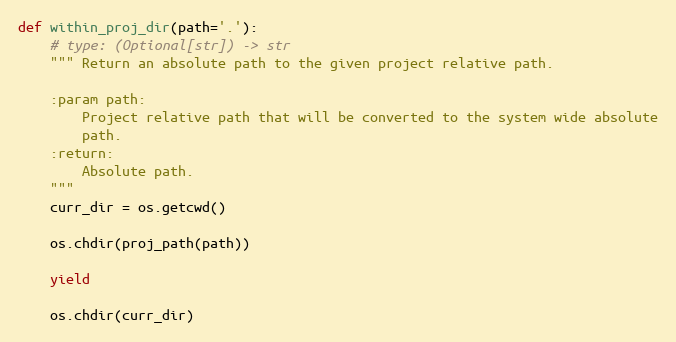
Language: Python
def within_proj_dir(path='.'):
    # type: (Optional[str]) -> str
    """ Return an absolute path to the given project relative path.

    :param path:
        Project relative path that will be converted to the system wide absolute
        path.
    :return:
        Absolute path.
    """
    curr_dir = os.getcwd()

    os.chdir(proj_path(path))

    yield

    os.chdir(curr_dir)